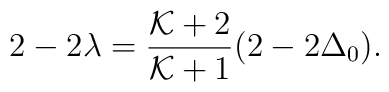
2-2\lambda={{\cal K}+2\over{\cal K}+1}(2-2\Delta_0).